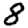
Digit: 8